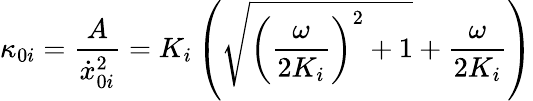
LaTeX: \kappa_{0i}=\frac{A}{\dot{x}_{0i}^{2}}=K_{i}\left(\sqrt{{\left(\frac{\omega}{2K_{i}}\right)}^{2}+1}+\frac{\omega}{2K_{i}}\right)